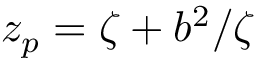
z _ { p } = \zeta + { b ^ { 2 } } / { \zeta }